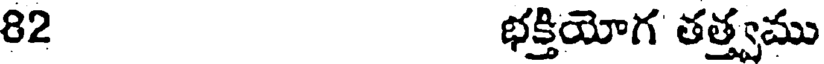
82 భక్తియోగ తత్త్వము